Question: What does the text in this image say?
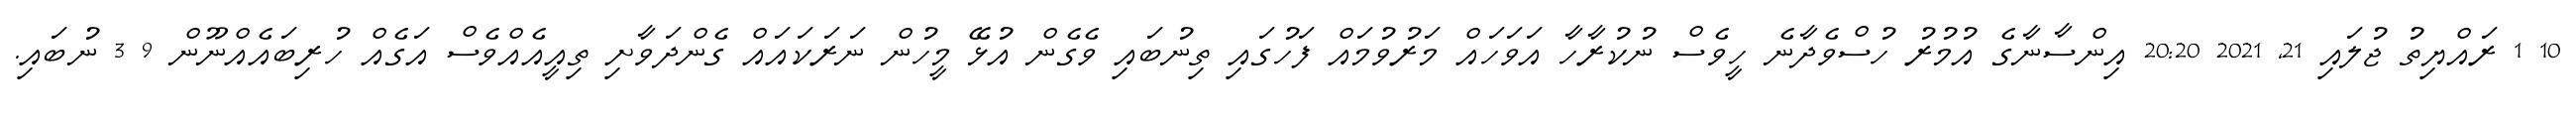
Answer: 10 1 ރައްޔިތު ޖުލައި 21, 2021 20:20 އިންސާނާގެ އުމުރު ހުސްވެދާނެ ހީވެސް ނުކުރާހާ އަވަހައް މަރުވުމައް ފަހުގައި ތިނުބައި ވެގެން އުޅޭ މީހުން ނަރަކައައް ގެންދަވާށި ތިއީއެއްވެސް އަގެއް ހުރިބައެއްނޫން 9 3 ނުބައި.